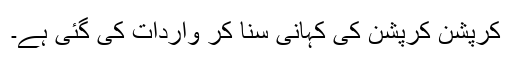
کرپشن کرپشن کی کہانی سنا کر واردات کی گئی ہے۔